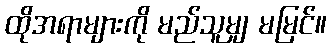
ထိုအရာများကို မည်သူမျှ မမြင်။